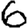
Digit: 6